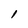
Character: 1